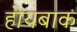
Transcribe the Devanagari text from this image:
होयबाक